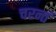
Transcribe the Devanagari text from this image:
चरन्तं